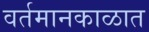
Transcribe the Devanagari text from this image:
वर्तमानकाळात